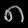
Digit: ၈